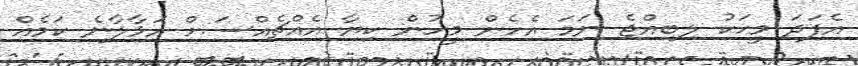
އެފަދަ މީހަކު ލިބިއްޖެ ނަމަ އެހެން މީހުން ކިޔާ އެއްޗެއްސަށް އަޅާލާނެ ކަމެއް